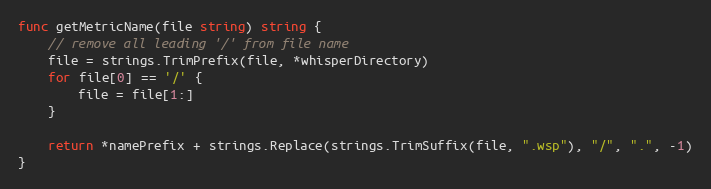
Language: Go
func getMetricName(file string) string {
	// remove all leading '/' from file name
	file = strings.TrimPrefix(file, *whisperDirectory)
	for file[0] == '/' {
		file = file[1:]
	}

	return *namePrefix + strings.Replace(strings.TrimSuffix(file, ".wsp"), "/", ".", -1)
}